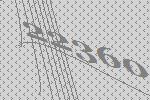
22360